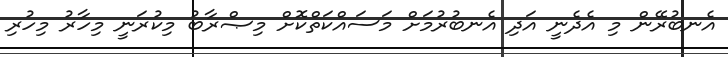
އެނބުރޭން މި އެދެނީ އަދި އެނބުރުމަށް މަސައްކަތްކޮށް މިޞްރާބު މިކުރަނީ މިހާރު މިހުރި